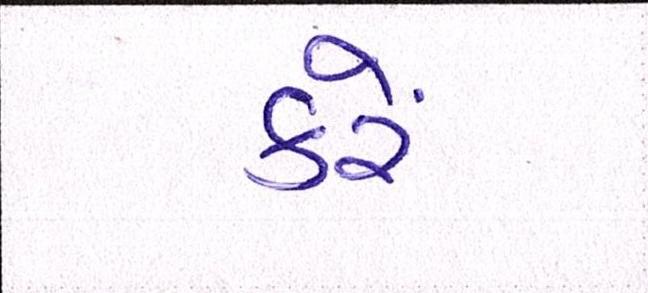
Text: કરેં